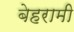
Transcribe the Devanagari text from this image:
बेहरामी